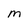
Character: m